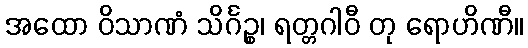
အထော ဝိသာဏံ သိင်္ဂဉ္စ၊ ရတ္တဂါဝီ တု ရောဟိဏီ။